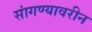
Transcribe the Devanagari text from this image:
सांगण्यावरीन